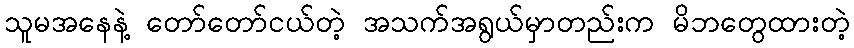
သူမအနေနဲ့ တော်တော်ငယ်တဲ့ အသက်အရွယ်မှာတည်းက မိဘတွေထားတဲ့